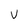
Character: V